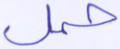
حمل